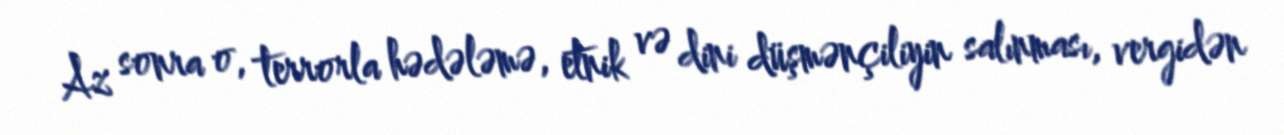
Az sonra o, terrorla hədələmə, etnik və dini düşmənçiliyin salınması, vergidən